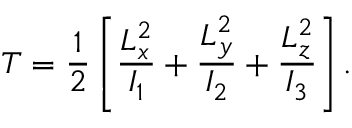
T = { \frac { 1 } { 2 } } \left[ { \frac { L _ { x } ^ { 2 } } { I _ { 1 } } } + { \frac { L _ { y } ^ { 2 } } { I _ { 2 } } } + { \frac { L _ { z } ^ { 2 } } { I _ { 3 } } } \right] .